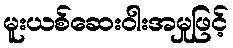
မူးယစ်ဆေးဝါးအမှုဖြင့်